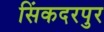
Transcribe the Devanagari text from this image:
सिंकदरपुर